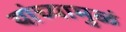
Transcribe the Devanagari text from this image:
यांच्यामुळं